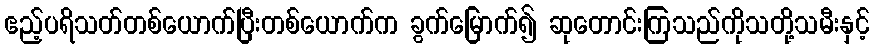
ဧည့်ပရိသတ်တစ်ယောက်ပြီးတစ်ယောက်က ခွက်မြောက်၍ ဆုတောင်းကြသည်ကိုသတို့သမီးနှင့်